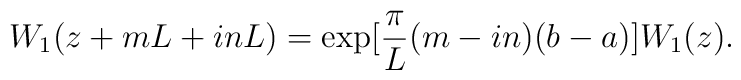
W_{1}(z+mL+inL)=\exp [\frac{\pi}{L}(m-in)(b-a)]W_{1}(z).